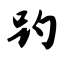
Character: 趵